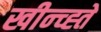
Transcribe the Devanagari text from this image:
खीन्च्ह्ते